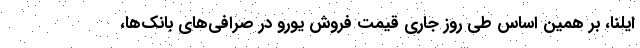
ایلنا، بر همین‌ اساس طی روز جاری قیمت فروش یورو در صرافی‌های بانک‌ها،